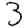
Digit: 3